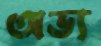
অভ্য